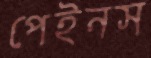
পেইনস